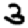
Digit: 3